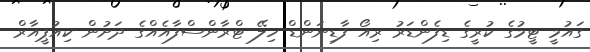
ގައުމީ ޓީމުގެ ކުރީގެ ޑިފެންޑަރު ރިއޯ ފާޑިނަންޑް ހިލޭ ޓްރާންސްފާއެއްގެ ދަށުން ކިއުޕީއާރް